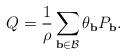
LaTeX: \begin{align*}Q=\frac {1}{\rho}\sum_{\mathbf {b} \in \mathcal{B}}\theta_{\mathbf {b}}P_{\mathbf {b}}.\end{align*}